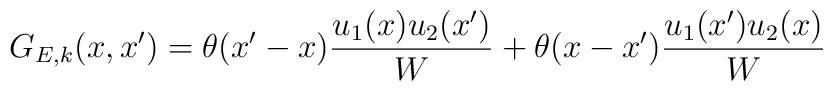
G_{E,k}(x,x') = \theta(x'-x) \frac{u_1(x) u_2(x')}{W} +\theta(x-x')  \frac{u_1(x') u_2(x)}{W}